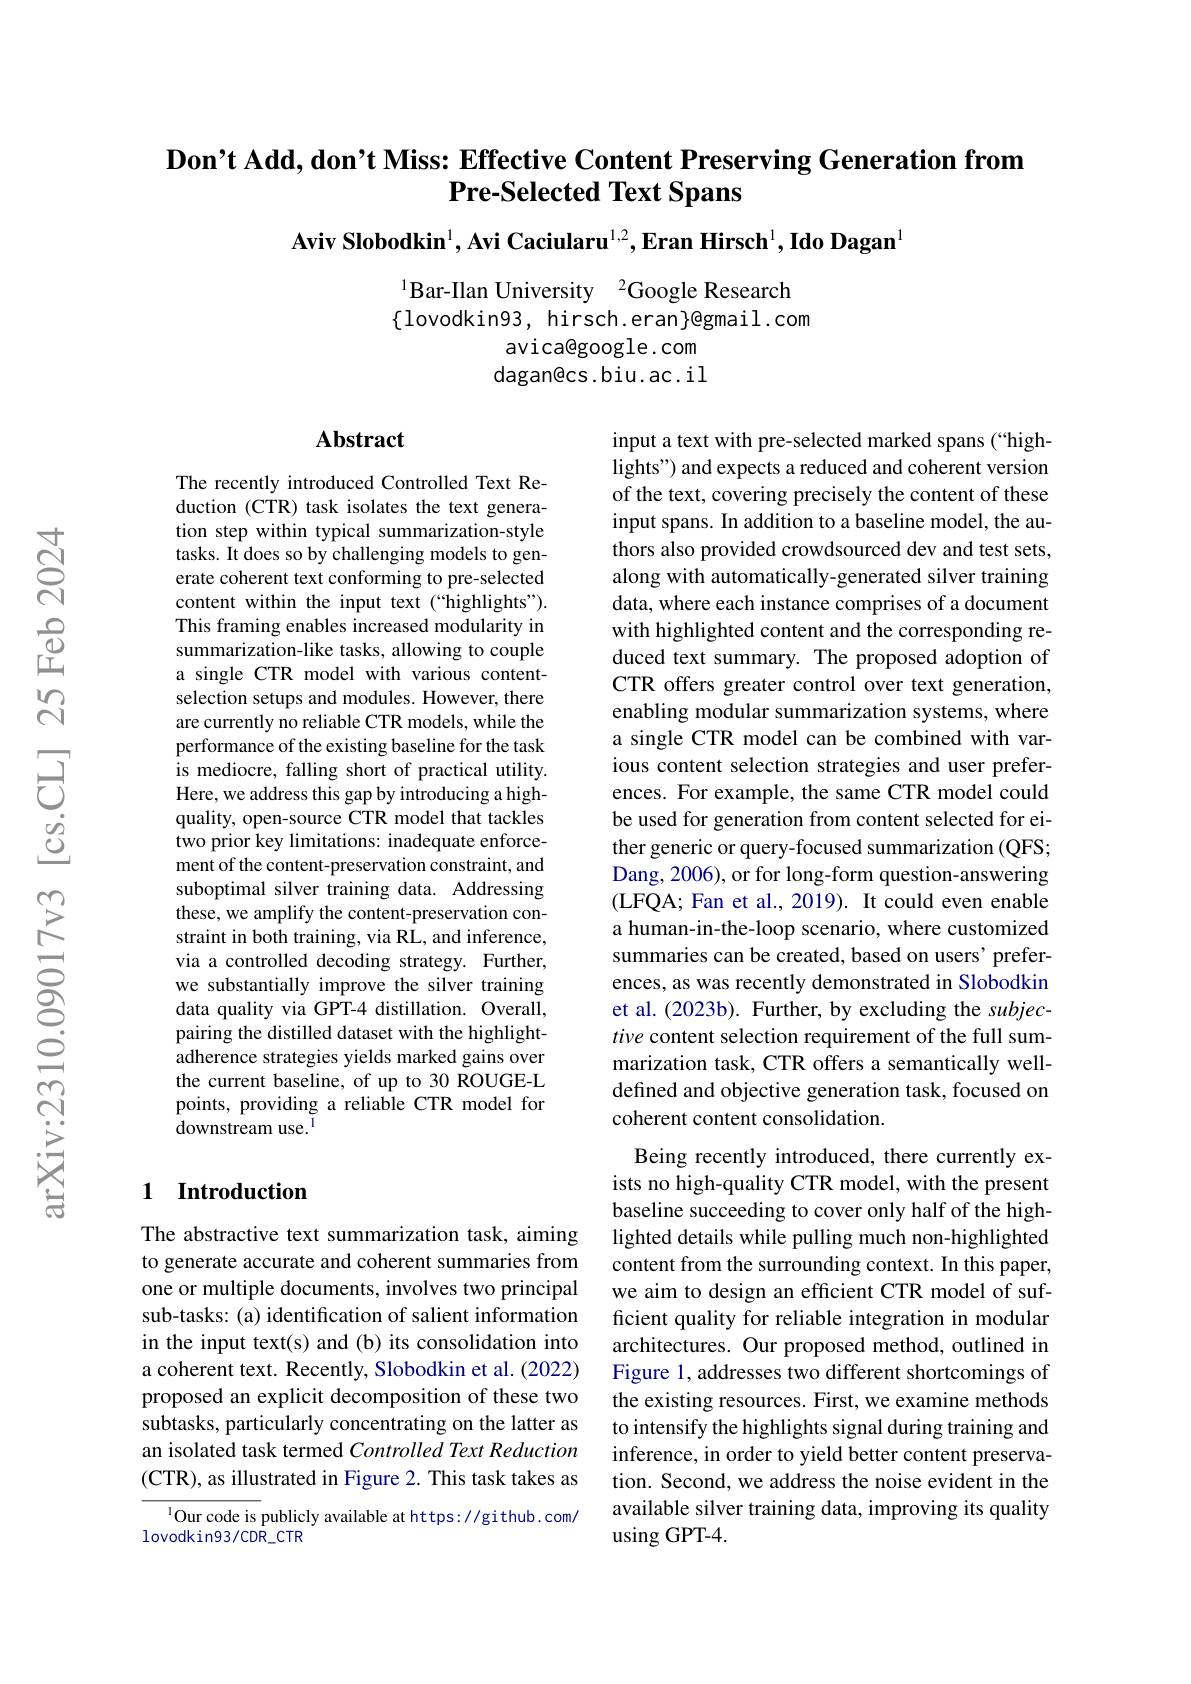
$\textbf{Don' t Add, don' t Miss: Effective Content Preserving Generation from}$
# Pre-Selected Text Spans
Aviv Slobodkin$^1,\textbf{Avi Caciularu}^{1,2},\textbf{Eran Hirsch}^1,\textbf{Ido Dagan}^1$

$^{1}$Bar-Ilan University$^{2}$Google Research $\{$lovodkin93, hirsch.eran$\}$@gmail.com
avica@google.com dagan@cs.biu.ac.il

## Abstract

input a text with pre-selected marked spans (“highlights") and expects a reduced and coherent version of the text, covering precisely the content of these input spans. In addition to a baseline model, the authors also provided crowdsourced dev and test sets, along with automatically-generated silver training data, where each instance comprises of a document with highlighted content and the corresponding reduced text summary. The proposed adoption of CTR offers greater control over text generation, enabling modular summarization systems, where a single CTR model can be combined with various content selection strategies and user preferences. For example, the same CTR model could be used for generation from content selected for either generic or query-focused summarization (QFS; Dang, 2006), or for long-form question-answering (LFQA; Fan et al., 2019). It could even enable a human-in-the-loop scenario, where customized summaries can be created, based on users' preferences, as was recently demonstrated in Slobodkin et al. (2023b). Further, by excluding the subjective content selection requirement of the full summarization task, CTR offers a semantically welldefined and objective generation task, focused on coherent content consolidation.
Being recently introduced, there currently ex-

The recently introduced Controlled Text Reduction (CTR) task isolates the text generation step within typical summarization-style tasks. It does so by challenging models to generate coherent text conforming to pre-selected content within the input text (“highlights"). This framing enables increased modularity in summarization-like tasks, allowing to couple a single CTR model with various contentselection setups and modules. However, there are currently no reliable CTR models, while the performance of the existing baseline for the task is mediocre, falling short of practical utility. Here, we address this gap by introducing a highquality, open-source CTR model that tackles two prior key limitations: inadequate enforcement of the content-preservation constraint, and suboptimal silver training data. Addressing these, we amplify the content-preservation constraint in both training, via RL, and inference, via a controlled decoding strategy. Further, we substantially improve the silver training data quality via GPT-4 distillation. Overall, pairing the distilled dataset with the highlightadherence strategies yields marked gains over the current baseline, of up to 30 ROUGE-L points, providing a reliable CTR model for downstream use.$^{\mathrm{l}}$

### 1 Introduction

ists no high-quality CTR model, with the present baseline succeeding to cover only half of the highlighted details while pulling much non-highlighted content from the surrounding context. In this paper, we aim to design an efficient CTR model of sufficient quality for reliable integration in modular architectures. Our proposed method, outlined in Figure 1, addresses two different shortcomings of the existing resources. First, we examine methods to intensify the highlights signal during training and inference, in order to yield better content preservation. Second, we address the noise evident in the available silver training data, improving its quality using GPT-4.

The abstractive text summarization task, aiming to generate accurate and coherent summaries from one or multiple documents, involves two principal sub-tasks: (a) identification of salient information in the input text(s) and (b) its consolidation into a coherent text. Recently, Slobodkin et al. (2022) proposed an explicit decomposition of these two subtasks, particularly concentrating on the latter as an isolated task termed Controlled Text Reduction (CTR), as illustrated in Figure 2. This task takes as

$^{1}$Our code is publicly available at https: //github.com/
lovodkin93/CDR_CTR